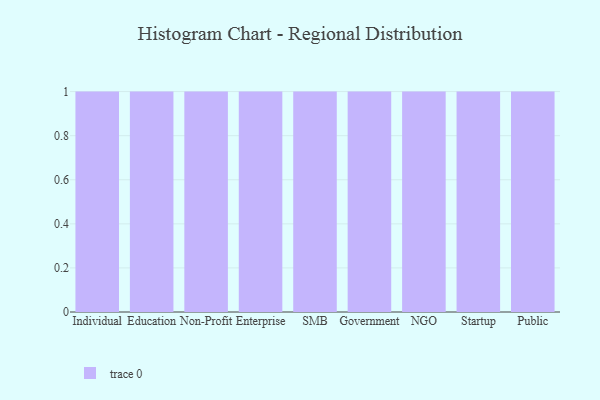
{"axis": {"x": "Segment", "y": "Backlog"}, "legend": [""], "data": [{"x": "Individual", "y": 36, "type": ""}, {"x": "Education", "y": 36, "type": ""}, {"x": "Non-Profit", "y": 28, "type": ""}, {"x": "Enterprise", "y": 14, "type": ""}, {"x": "SMB", "y": 17, "type": ""}, {"x": "Government", "y": 87, "type": ""}, {"x": "NGO", "y": 36, "type": ""}, {"x": "Startup", "y": 81, "type": ""}, {"x": "Public", "y": 9, "type": ""}]}